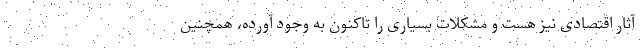
آثار اقتصادی نیز هست و مشکلات بسیاری را تاکنون به وجود آورده، همچنین